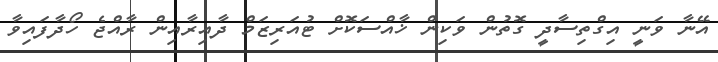
އޭނާ ވަނީ އިގްތިސާދީ ގޮތުން ވަކިން ޚާއްސަކޮށް ޓުއަރިޒަމް ދާއިރާއިން ރާއްޖެ ހޯދާފައިވާ